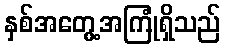
နှစ်အတွေ့အကြုံရှိသည်